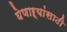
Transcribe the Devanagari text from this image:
घेणाऱ्यांसाठी